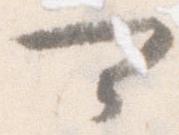
可